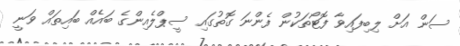
ސަން އަށް ލިބިފައިވާ ފޮޓޯތަކުން ފެންނަ ގޮތުގައި ސީޕްލެއިންގެ ބައެއް ބައިތައް ވަނީ